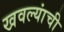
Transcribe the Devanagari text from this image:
खवल्यांची